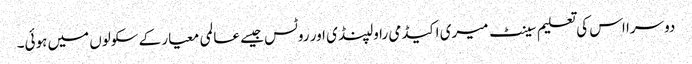
دوسرا اس کی تعلیم سینٹ میری اکیڈمی راولپنڈی اور روٹس جیسے عالمی معیار کے سکولوں میں ہوئی۔